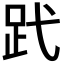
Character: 𧿑